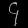
Digit: ၄